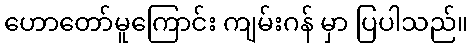
ဟောတော်မူကြောင်း ကျမ်းဂန် မှာ ပြပါသည်။